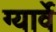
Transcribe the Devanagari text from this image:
ग्यार्वे